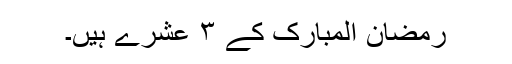
رمضان المبارک کے ٣ عشرے ہیں۔